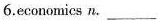
6.economics n. ___